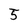
Character: 5